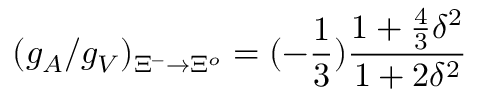
( g _ { A } / g _ { V } ) _ { { \Xi } ^ { - } \rightarrow { \Xi } ^ { o } } = ( - { \frac { 1 } { 3 } } ) { \frac { 1 + { \frac { 4 } { 3 } } { \delta } ^ { 2 } } { 1 + 2 { \delta } ^ { 2 } } }